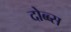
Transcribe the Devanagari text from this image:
दोब्ब्स